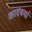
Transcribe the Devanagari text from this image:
कादंबर्या